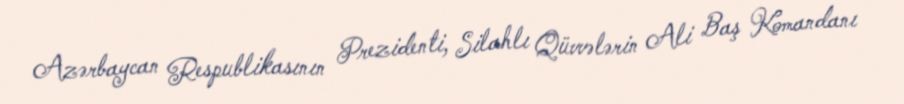
Azərbaycan Respublikasının Prezidenti, Silahlı Qüvvələrin Ali Baş Komandanı